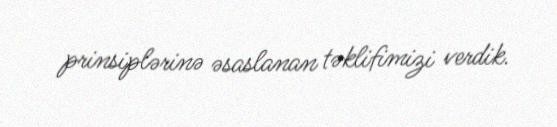
prinsiplərinə əsaslanan təklifimizi verdik.